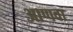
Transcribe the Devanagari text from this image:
आणवा